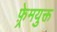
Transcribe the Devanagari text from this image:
फ़्रेमयुक्त